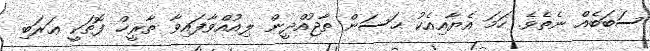
ސަބަބެއް ނެތެވެ. ހަމަ އެޔާއިއެކު ޙަސަން ތާޖުއްދީން ލިއުއްވާފައިވާ ތާރީޚް ފޮތަކީ ޢަރަބި